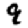
Digit: 9